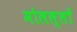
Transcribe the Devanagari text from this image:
मोलल्लों